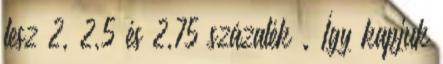
lesz 2, 2,5 és 2,75 százalék . Így kapjuk